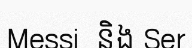
Messi  និង Ser